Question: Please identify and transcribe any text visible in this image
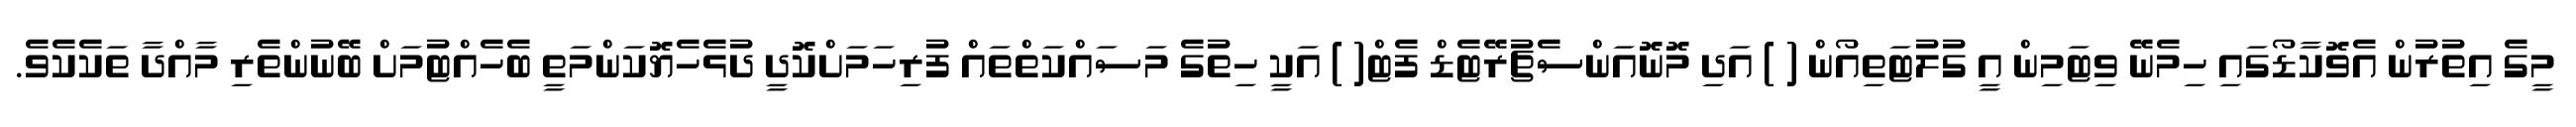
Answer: މީގެ އިތުރުން އެވޮކާޑޯގައި ހިމެނޭ ވިޓަމިން އީ ގުލުޓަތިއޯން ( ) އަދި މޮނޮއަންސެޗުރޭޓެޑް ފެޓް( ) އަކީ ހިތުގެ މަސައްކަތްތައް ފުރިހަމަށްކޮދީ ދުޅެހެޔޮކަންމަތީ ބެހެއްޓުމަށް ބޭނުންތެރި މާއްދާ ތަކެކެވެ.